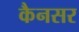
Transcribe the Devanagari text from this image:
कैनसर